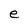
Character: e